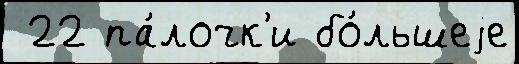
 22 па́лочк'и бо́льшеjе